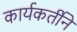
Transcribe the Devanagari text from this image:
कार्यकर्तीने